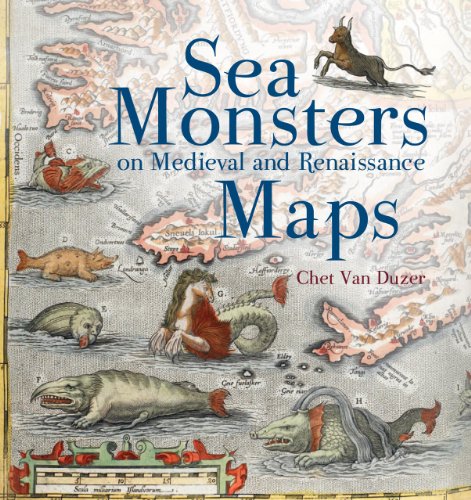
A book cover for Sea Monsters on Medieval and Renaissance Maps; Chet Van Duzer; Science & Math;